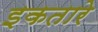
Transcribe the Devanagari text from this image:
इकतारे